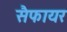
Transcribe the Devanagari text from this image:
सैफायर